Indian journal of veterinary science and animal husbandry - Volume 13,
Year: 1943
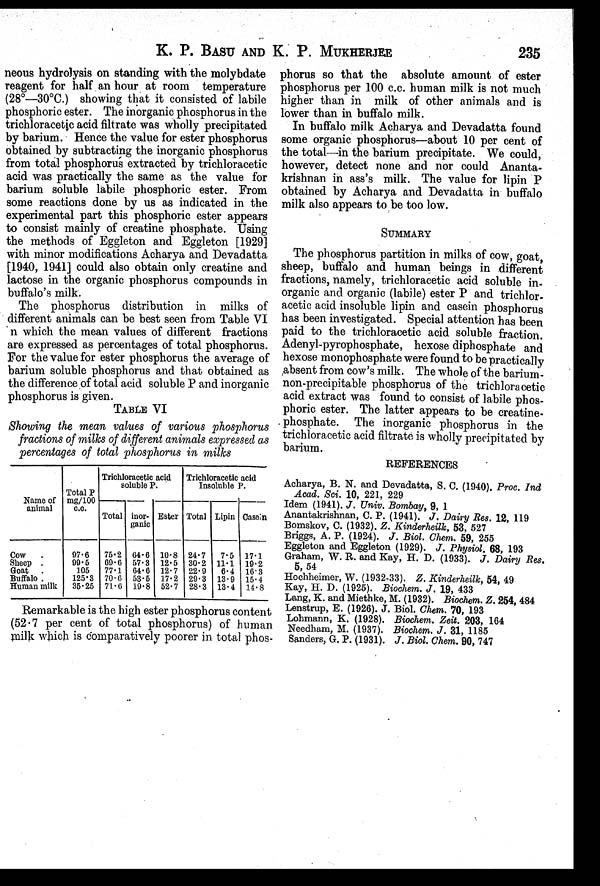
K. P. BASU AND K. P.
MUKHERJEE
235
neous hydrolysis on standing with the molybdate
reagent for half an hour at room temperature
(28º—30ºC.) showing that it consisted of labile
phosphoric ester. The inorganic phosphorus in the
trichloracetic acid filtrate was wholly precipitated
by barium. Hence the value for ester phosphorus
obtained by subtracting the inorganic phosphorus
from total phosphorus extracted by trichloracetic
acid was practically the same as the value for
barium soluble labile phosphoric ester. From
some reactions done by us as indicated in the
experimental part this phosphoric ester appears
to consist mainly of creatine phosphate. Using
the methods of Eggleton and Eggleton [1929]
with minor modifications Acharya and Devadatta
[1940, 1941] could also obtain only creatine and
lactose in the organic phosphorus compounds in
buffalo's milk.
The phosphorus distribution in milks of
different animals can be best seen from Table VI
n which the mean values of different fractions
are expressed as percentages of total phosphorus.
For the value for ester phosphorus the average of
barium soluble phosphorus and that obtained as
the difference of total acid soluble P and inorganic
phosphorus is given.
TABLE VI
Showing the mean values of various phosphorus
fractions of milks of different animals expressed as
percentages of total phosphorus in milks
Name of
animal
Cow
Sheep .
Goat
Buffalo .
Human milk
Total P
mg/100
c.c.
97.6
99.5
105
125.3
35.25
Trichloracetic acid
soluble P.
Total
75.2
69.6
77.1
70.6
71.6
inor-
ganic
64.6
57.3
64.6
53.5
19.8
Ester
10.8
12.5
12.7
17.2
52.7
Trichloracetic acid
Insoluble P.
Total
24.7
30.2
22.9
29.3
28.3
Lipin
7.5
11.1
6.4
13.9
13.4
Casein
17.1
19.2
16.3
15.4
14.8
Remarkable is the high ester phosphorus content
(52.7 per cent of total phosphorus) of human
milk which is comparatively poorer in total phos-
phorus so that the absolute amount of ester
phosphorus per 100 c.c. human milk is not much
higher than in milk of other animals and is
lower than in buffalo milk.
In buffalo milk Acharya and Devadatta found
some organic phosphorus—about 10 per cent of
the total—in the barium precipitate. We could,
however, detect none and nor could Ananta-
krishnan in ass's milk. The value for lipin P
obtained by Acharya and Devadatta in buffalo
milk also appears to be too low.
SUMMARY
The phosphorus partition in milks of cow, goat,
sheep, buffalo and human beings in different
fractions, namely, trichloracetic acid soluble in-
organic and organic (labile) ester P and trichlor-
acetic acid insoluble lipin and casein phosphorus
has been investigated. Special attention has been
paid to the trichloracetic acid soluble fraction.
Adenyl-pyrophosphate, hexose diphosphate and
hexose monophosphate were found to be practically
,absent from cow's milk. The whole of the barium-
non-precipitable phosphorus of the trichloracetic
acid extract was found to consist of labile phos-
phoric ester. The latter appears to be creatine-
phosphate. The inorganic phosphorus in the
trichloracetic acid filtrate is wholly precipitated by
barium.
REFERENCES
Acharya, B. N. and Devadatta, S. C. (1940). Proc. Ind
Acad. Sci. 10, 221, 229
Idem (1941). J. Univ. Bombay, 9, 1
Anantakrishnan, C. P. (1941). J. Dairy Res. 12, 119
Bomskov, C. (1932). Z. Kinderheilk, 53, 527
Briggs, A. P. (1924). J. Biol Chem. 59, 255
Eggleton and Eggleton (1929). J. Physiol. 68, 193
Graham, W. R. and Kay, H. D. (1933). J. Dairy Res.
5, 54
Hochheimer, W. (1932-33). Z. Kinderheilk, 54, 49
Kay, H. D. (1925). Biochem. J. 19, 433
Lang, K. and Miethke, M. (1932). Biochem. Z. 254, 484
Lenstrup, E. (1926). J. Biol. Chem. 70, 193
Lohmann, K. (1928). Biochem. Zeit. 203, 164
Needham, M. (1937). Biochem. J. 31, 1185
Sanders, G. P. (1931). J. Biol. Chem. 90, 747